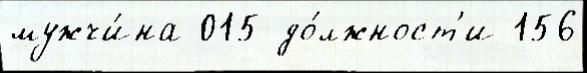
мужчи́на 015 до́лжност'и 156